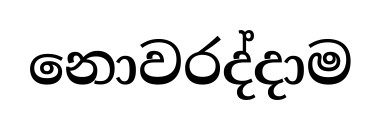
නොවරද්දාම